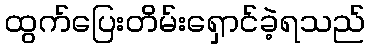
ထွက်ပြေးတိမ်းရှောင်ခဲ့ရသည်